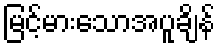
မြင့်မားသောအပူချိန်